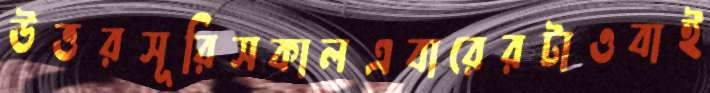
উত্তরসূরিসকালএবারেরটাওবাই